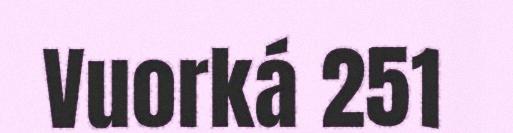
Vuorká 251